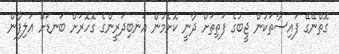
ގޮތްނޭގޭ ފައިސާތަކުން ޖީބުގެ ފަތިތަށް ދާނީ ކޮށެމުން އަނބިދަރީންގެ ގޮހޮރަށް ބަނޑަށް އަލިފާން